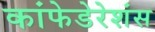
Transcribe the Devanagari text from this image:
कांफेडेरेशंस